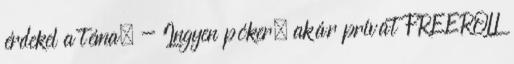
érdekel a téma. - Ingyen póker, akár privát FREEROLL